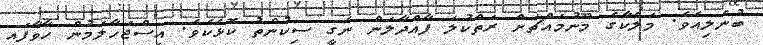
ބުނެލިއެވެ. މަލްކާގެ މޫނުމައްޗަށް ރަތްކުލަ ފާއްދާލަން ނެގީ ސިކުންތު ކޮޅެކެވެ. އިސްޖަހާލަމުން ހާވާފައި